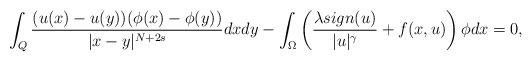
LaTeX: \begin{align*}\int_{Q}\frac{(u(x)-u(y))(\phi(x)-\phi(y))}{|x-y|^{N+2s}}dxdy-\int_{\Omega}\left(\frac{\lambda sign(u)}{|u|^{\gamma}}+f(x,u)\right)\phi dx=0,\end{align*}